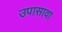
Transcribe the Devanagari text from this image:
उपासावा